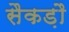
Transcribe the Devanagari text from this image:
सैकड़ौ